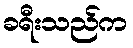
ခရီးသည်က